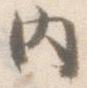
内